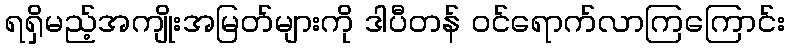
ရရှိမည့်အကျိုးအမြတ်များကို ဒါပီတန် ဝင်ရောက်လာကြကြောင်း